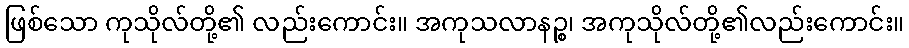
ဖြစ်သော ကုသိုလ်တို့၏ လည်းကောင်း။ အကုသလာနဉ္စ၊ အကုသိုလ်တို့၏လည်းကောင်း။